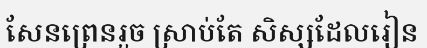
សែនព្រេនរួច ស្រាប់តែ សិស្សដែលរៀន